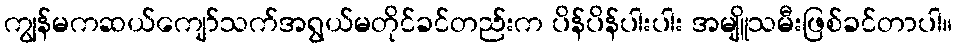
ကျွန်မကဆယ်ကျော်သက်အရွယ်မတိုင်ခင်တည်းက ပိန်ပိန်ပါးပါး အမျိူသမီးဖြစ်ခင်တာပါ။